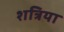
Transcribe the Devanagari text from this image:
शत्रिया